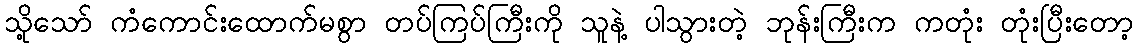
သို့သော် ကံကောင်းထောက်မစွာ တပ်ကြပ်ကြီးကို သူနဲ့ ပါသွားတဲ့ ဘုန်းကြီးက ကတုံး တုံးပြီးတော့